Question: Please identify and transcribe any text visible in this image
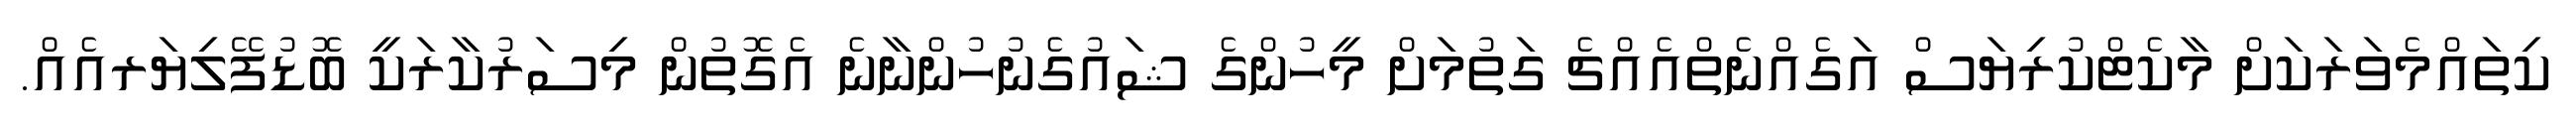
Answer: ކިތައްމެވަރަކަށް މާކެޓްކުރިޔަސް އަގެއްނެތްއެއްޗެ ގަތުމަށް މީހުންގެ ޝައުގެނުހުންނާނެ އެގޮތުން މިސަރުކާރަކީ ބޮޑުފޭލިޔަރއެއް.